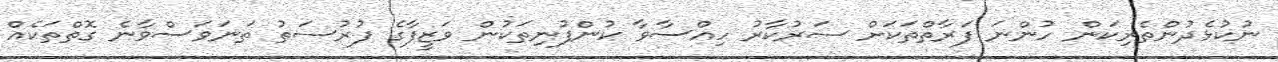
ނުކުޅެދުންތެރިކަން ހުންނަ ފަރާތްތަކަށް ސަރުކާރު ހިއްސާވާ ކުންފުނިތަކުން ވަޒީފާގެ ފުރުސަތު ތަނަވަސްވާނެ ގޮތްތަކެއް